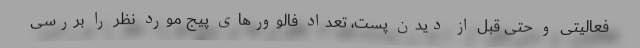
فعالیتی و حتی قبل از دیدن پست، تعداد فالوورهای پیج مورد نظر را بررسی